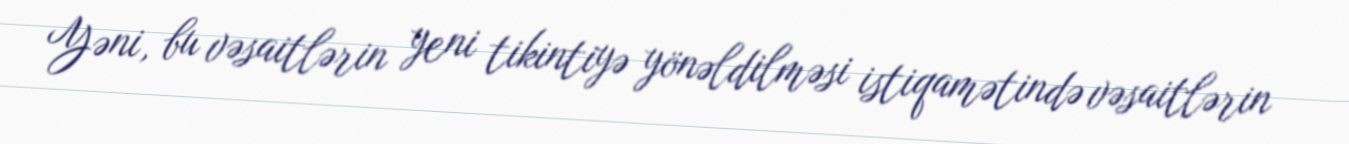
Yəni, bu vəsaitlərin yeni tikintiyə yönəldilməsi istiqamətində vəsaitlərin